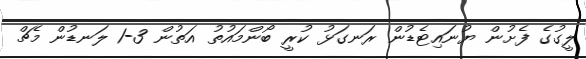
ލީގުގެ ފެށުން ޔުނައިޓެޑުން ރަނގަޅު ކުރީ ބޯންމައުތު އަތުން 3-1 ލަނޑުން މެޗް